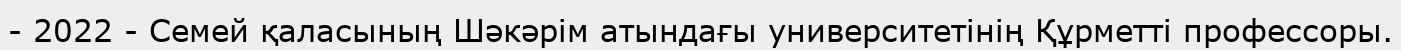
- 2022 - Семей қаласының Шәкәрім атындағы университетінің Құрметті профессоры.